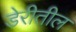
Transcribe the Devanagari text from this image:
डेरीतील